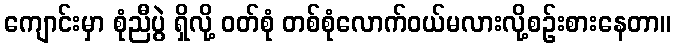
ကျောင်းမှာ စုံညီပွဲ ရှိလို့ ဝတ်စုံ တစ်စုံလောက်ဝယ်မလားလို့စဉ်းစားနေတာ။